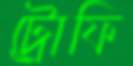
ট্রোফি